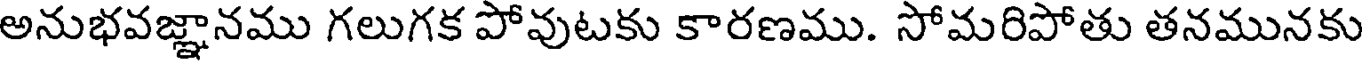
అనుభవజ్ఞానము గలుగక పోవుటకు కారణము. సోమరిపోతు తనమునకు